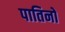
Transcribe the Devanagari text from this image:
पातिनो